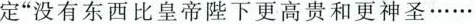
定”没有东西比皇帝陛下更高贵和更神圣………。